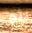
ثم